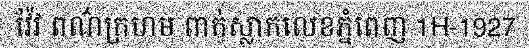
វ៉ែវ ពណ៌ក្រហម ពាក់ស្លាកលេខភ្នំពេញ 1H-1927